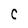
Character: C